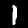
Digit: 1